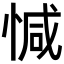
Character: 𢜩